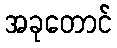
အခုတောင်